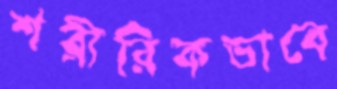
শরীরিকভাবে